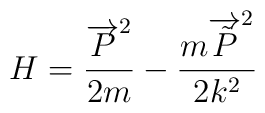
H  = \frac{\overrightarrow{P}^2}{2 m}  - \frac{m \overrightarrow{\tilde P}^2}{2k^2}